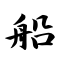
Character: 船